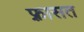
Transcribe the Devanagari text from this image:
फ़्रासत